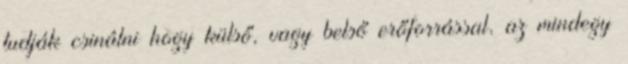
tudják csinálni hogy külső, vagy belső erőforrással, az mindegy